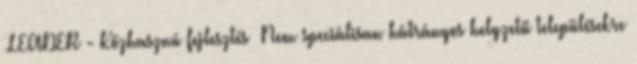
▪LEADER - Közhasznú fejlesztés ▪Nem speciálisan hátrányos helyzetű településekre